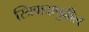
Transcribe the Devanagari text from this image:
स्त्रिवादापुढील